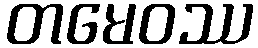
တမေဝဿ